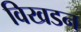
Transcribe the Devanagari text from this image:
विखडन